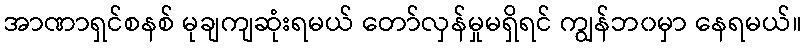
အာဏာရှင်စနစ် မုချကျဆုံးရမယ် တော်လှန်မှုမရှိရင် ကျွန်ဘ၀မှာ နေရမယ်။